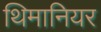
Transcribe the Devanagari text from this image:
थिमानियर